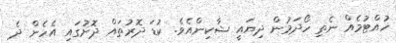
ހުއްޓުމެއް ނެތި ހޯދަމުން ދިޔައީ ޝާކިންއެވެ. ކުޑަ ދޮރުތައް ދޮށުގައި އެހެން ދެ